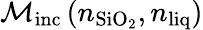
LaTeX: \mathcal{M}_{\mathrm{inc}}\left(n_{\mathrm{SiO_{2}}},n_{\mathrm{liq}}\right)